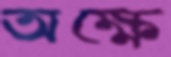
অক্ষে